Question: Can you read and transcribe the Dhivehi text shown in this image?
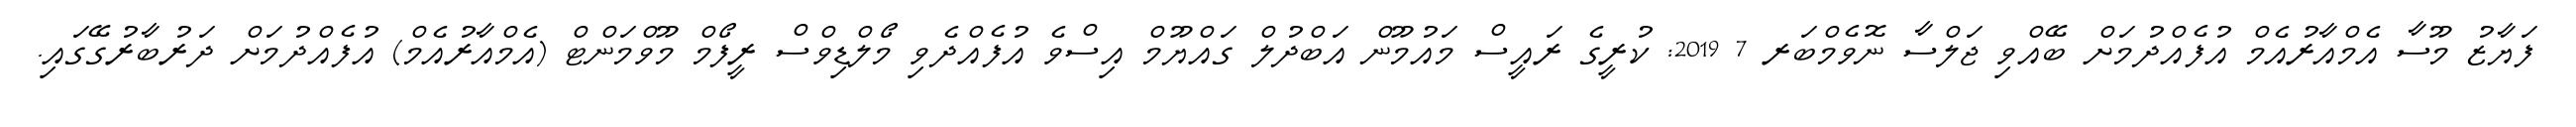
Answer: ފަޔާޒު މޫސާ އެމްއާރުއެމް އުފެއްދުމަށް ބޭއްވި ޖަލްސާ ނޮވެމްބަރ 7 2019: ކުރީގެ ރައީސް މައުމޫން އަބްދުލް ގައްޔޫމް އިސްވެ އުފެއްދެވި މޯލްޑިވްސް ރީފޯމް މޫވްމަންޓް (އެމްއާރުއެމް) އުފެއްދުމަށް ދަރުބާރުގޭގައި.